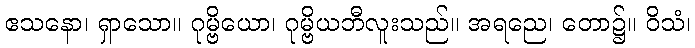
ဧသနော၊ ရှာသော။ ဂုမ္ဗိယော၊ ဂုမ္ဗိယဘီလူးသည်။ အရညေ၊ တော၌။ ဝိသံ၊